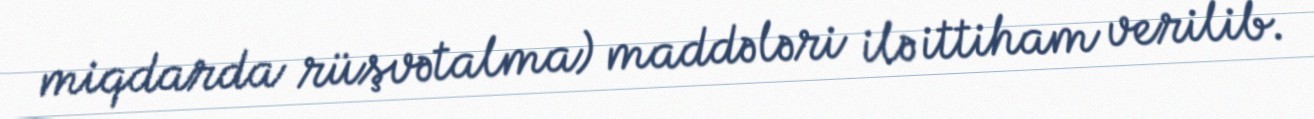
miqdarda rüşvətalma) maddələri ilə ittiham verilib.